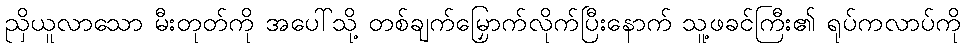
ညှိယူလာသော မီးတုတ်ကို အပေါ်သို့ တစ်ချက်မြှောက်လိုက်ပြီးနောက် သူ့ဖခင်ကြီး၏ ရုပ်ကလာပ်ကို